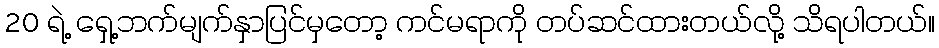
20 ရဲ့ ရှေ့ဘက်မျက်နှာပြင်မှတော့ ကင်မရာကို တပ်ဆင်ထားတယ်လို့ သိရပါတယ်။